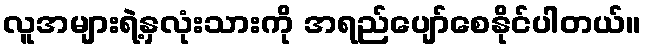
လူအများရဲ့နှလုံးသားကို အရည်ပျော်စေနိုင်ပါတယ်။